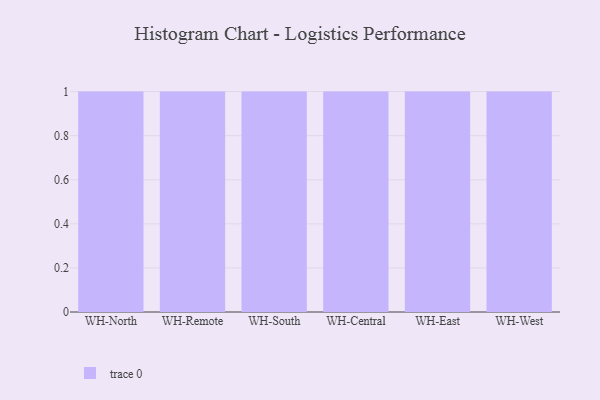
{"axis": {"x": "Warehouse", "y": "Budget (USD K)"}, "legend": [""], "data": [{"x": "WH-North", "y": 25, "type": ""}, {"x": "WH-Remote", "y": 32, "type": ""}, {"x": "WH-South", "y": 6, "type": ""}, {"x": "WH-Central", "y": 82, "type": ""}, {"x": "WH-East", "y": 86, "type": ""}, {"x": "WH-West", "y": 86, "type": ""}]}